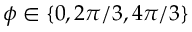
\phi \in \{ 0 , 2 \pi / 3 , 4 \pi / 3 \}